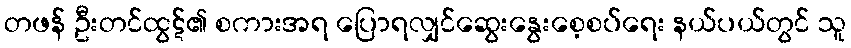
တဖန် ဦးတင်ထွဋ်၏ စကားအရ ပြောရလျှင်ဆွေးနွေးစေ့စပ်ရေး နယ်ပယ်တွင် သူ